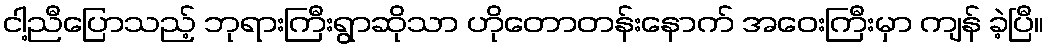
ငါ့ညီပြောသည့် ဘုရားကြီးရွာဆိုသာ ဟိုတောတန်းနောက် အဝေးကြီးမှာ ကျန် ခဲ့ပြီ။